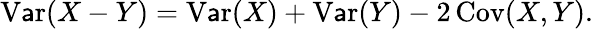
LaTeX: \operatorname{V\mathsf{a}r}(X-Y)=\operatorname{V\mathsf{a}r}(X)+\operatorname{V\mathsf{a}r}(Y)-2\operatorname{Cov}(X,Y).